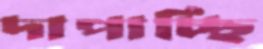
দাপাচ্ছি